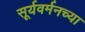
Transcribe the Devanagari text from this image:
सूर्यवर्मनच्या